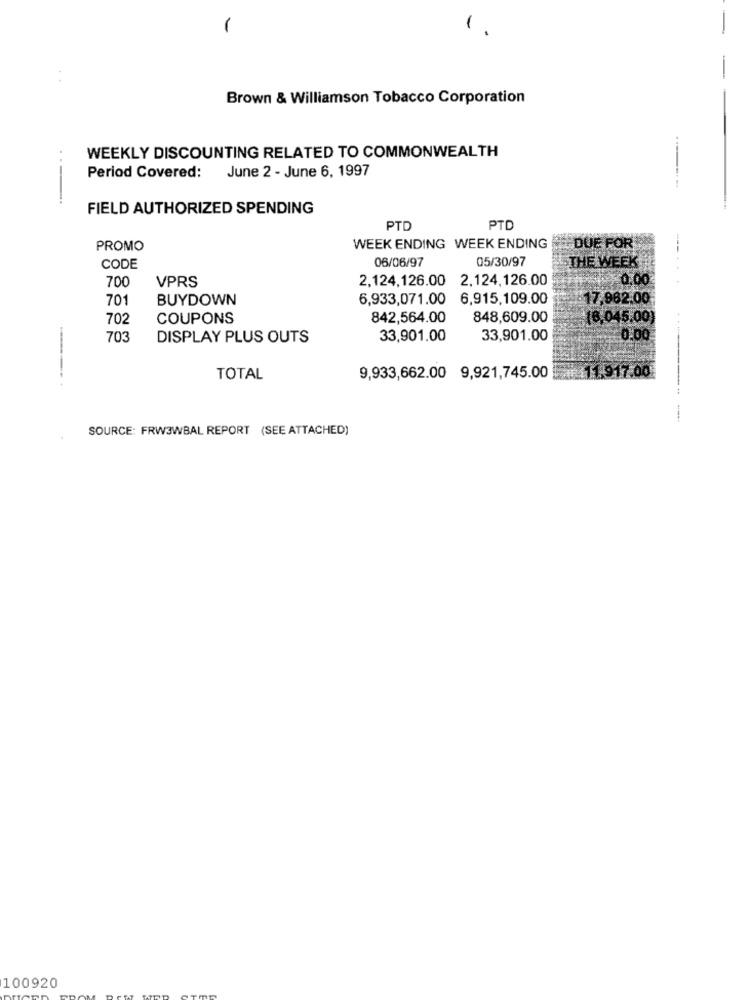
-
-
-
Brown & Williamson Tobacco Corporation
WEEKLY DISCOUNTING RELATED TO COMMONWEALTH
Period Covered: June 2 - June 6, 1997
FIELD AUTHORIZED SPENDING
PTD
PTD
PROMO
WEEK ENDING WEEK ENDING
DUE FOR
---
06/06/97
05/30/97
THE WEEK
CODE
700
2,124,126.00 2,124,126.00
0,00
VPRS
70
BUYDOWN
6,933,071.00
6,915,109.00
17,982.00
702
COUPONS
842,564.00
848,609.00
18,045.00)
703
DISPLAY PLUS OUTS
33,901.00
33,901.00
0.00
TOTAL
9,933,662.00 9,921,745.00
111.917.00
---------
SOURCE: FRW3WBAL REPORT (SEE ATTACHED)
100920